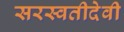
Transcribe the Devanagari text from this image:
सरस्वतीदेवी